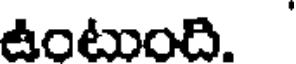
ఉంటుంది.